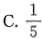
C,\frac{1}{5}